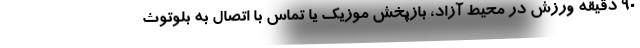
90 دقیقه ورزش در محیط آزاد، بازپخش موزیک یا تماس با اتصال به بلوتوث